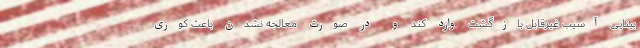
بینایی آسیب غیرقابل بازگشت وارد کند و در صورت معالجه نشدن باعث کوری